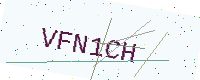
Text: VFN1CH